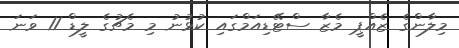
މިލާންގެ ޒެއްޕީ މެޒާ ސްޓޭޑިއަމްގައި ކުޅުނު މި މެޗުގެ ލީޑް 11 ވަނަ